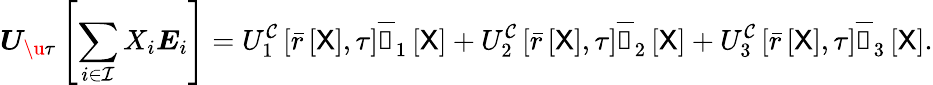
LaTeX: \boldsymbol{U}_{\u{\tau}}\left[\sum_{i\in\mathcal{I}}X_{i}\boldsymbol{E}_{i}\right]=U_{1}^{\mathcal{C}}\left[\bar{r}\left[\mathsf{X}\right],\tau\right]\overline{{\boldsymbol{\mathscr{C}}}}_{1}\left[\mathsf{X}\right]+U_{2}^{\mathcal{C}}\left[\bar{r}\left[\mathsf{X}\right],\tau\right]\overline{{\boldsymbol{\mathscr{C}}}}_{2}\left[\mathsf{X}\right]+U_{3}^{\mathcal{C}}\left[\bar{r}\left[\mathsf{X}\right],\tau\right]\overline{{\boldsymbol{\mathscr{C}}}}_{3}\left[\mathsf{X}\right].